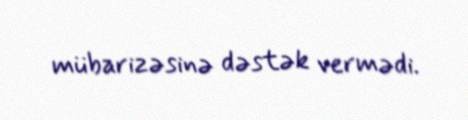
mübarizəsinə dəstək vermədi.